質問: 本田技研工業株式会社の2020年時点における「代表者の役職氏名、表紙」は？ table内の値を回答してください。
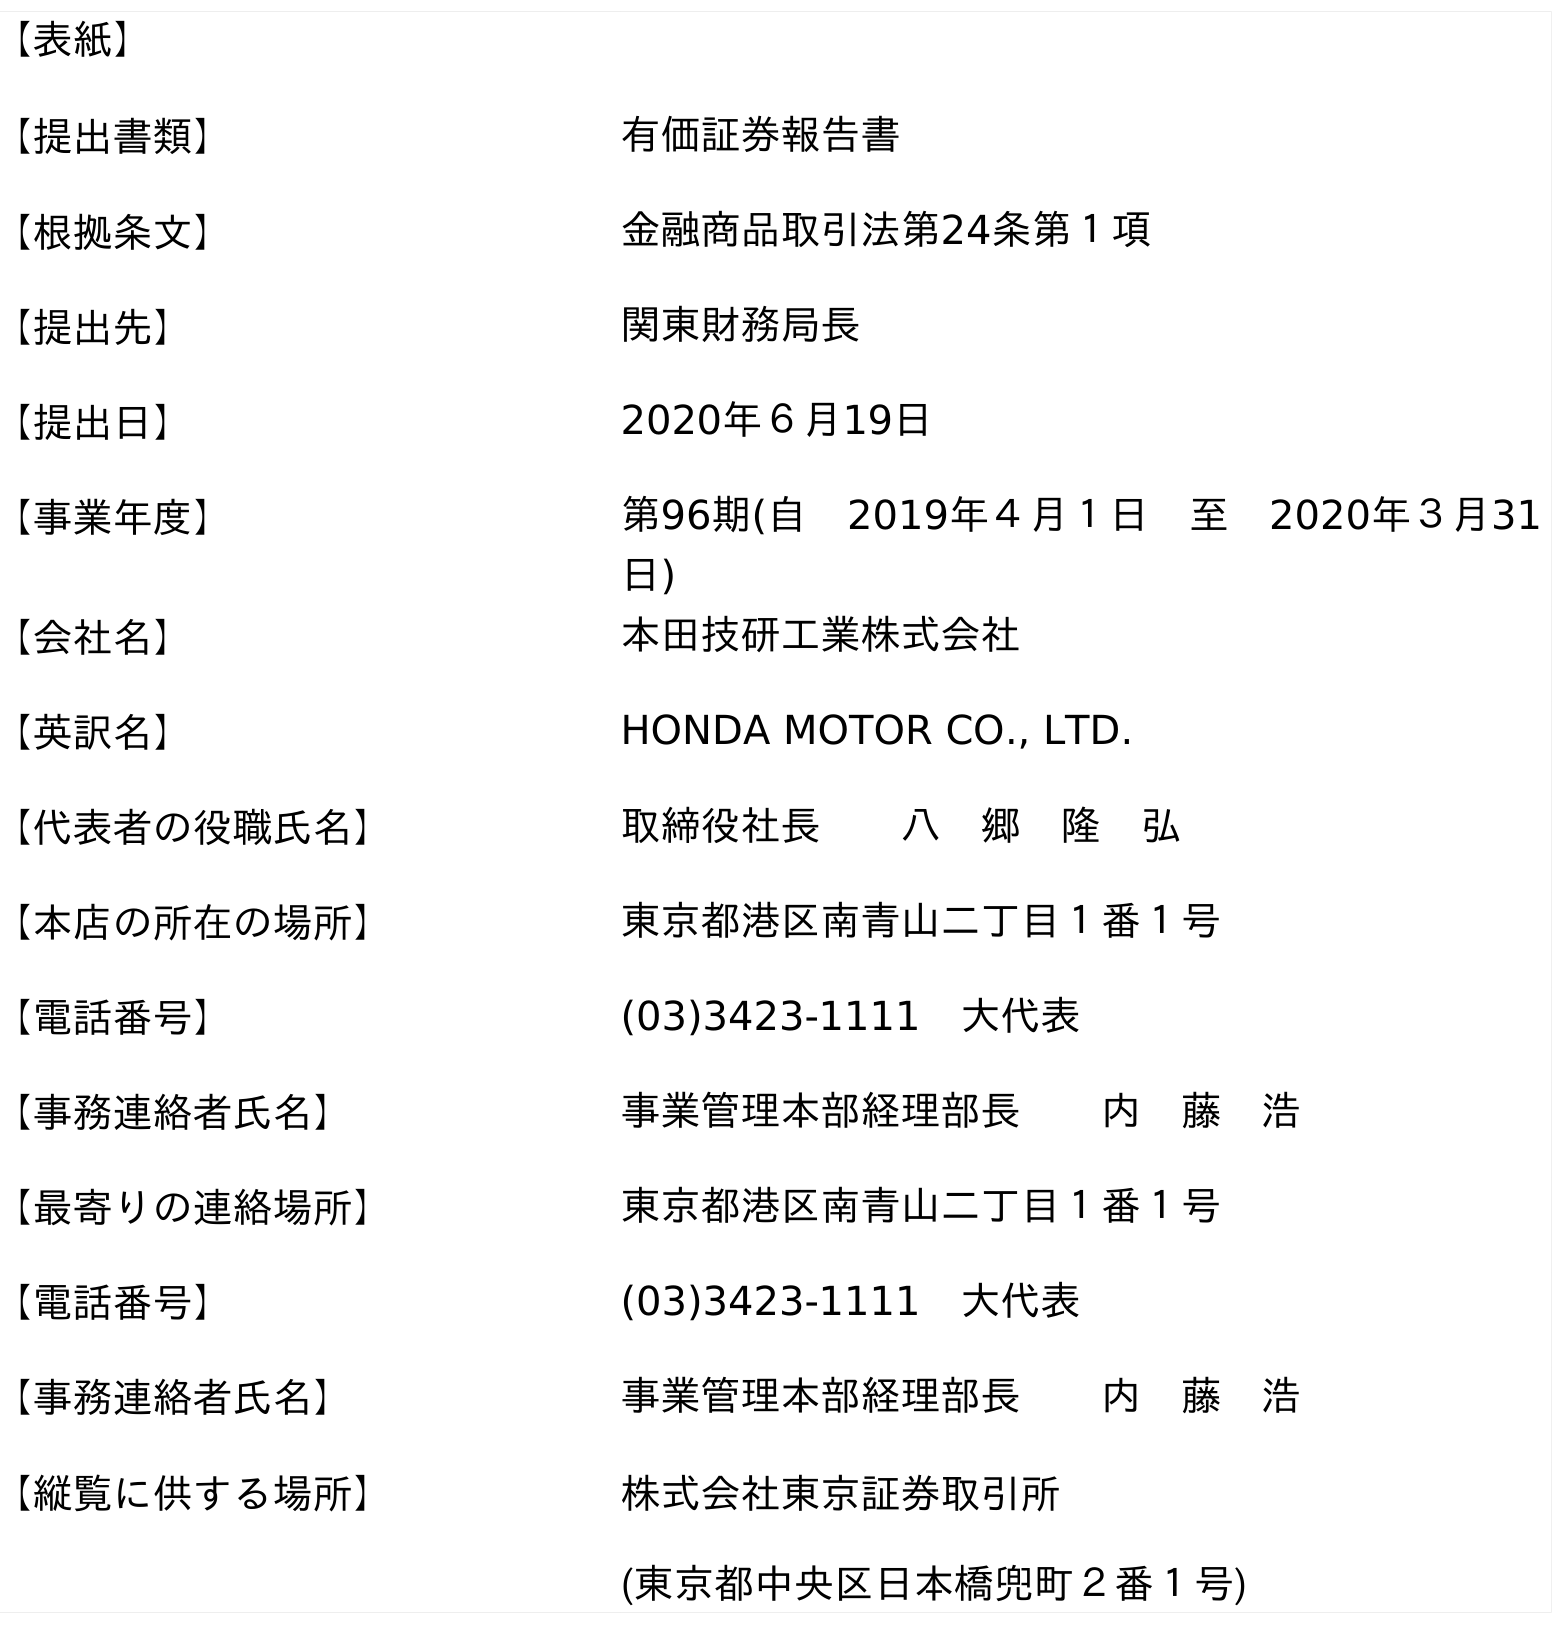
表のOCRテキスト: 【表紙】 【提出書類】 有価証券報告書 【根拠条文】 金融商品取引法第24条第１項 【提出先】 関東財務局長 【提出日】 2020年６月19日 【事業年度】 第96期(自 2019年４月１日 至 2020年３月31 日) 【会社名】 本田技研工業株式会社 【英訳名】 HONDA MOTOR CO., LTD. 【代表者の役職氏名】 取締役社長  八 郷 隆 弘 【本店の所在の場所】 東京都港区南青山二丁目１番１号 【電話番号】 (03)3423-1111 大代表 【事務連絡者氏名】 事業管理本部経理部長  内 藤 浩 【最寄りの連絡場所】 東京都港区南青山二丁目１番１号 【電話番号】 (03)3423-1111 大代表 【事務連絡者氏名】 事業管理本部経理部長  内 藤 浩 【縦覧に供する場所】 株式会社東京証券取引所 (東京都中央区日本橋兜町２番１号)
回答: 取締役社長八　郷　隆　弘